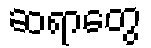
ဆရာတွေ